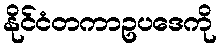
နိုင်ငံတကာဥပဒေကို